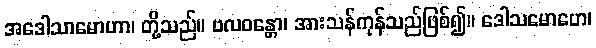
အဒေါသာမောဟာ၊ တို့သည်။ ဗလဝန္တော၊ အားသန်ကုန်သည်ဖြစ်၍။ ဒေါသမောဟေ၊